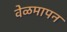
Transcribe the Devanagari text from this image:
वेळमापन